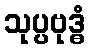
သုပ္ပဗုဒ္ဓံ